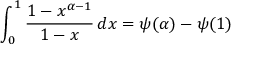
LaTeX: \int _ { 0 } ^ { 1 } { \frac { 1 - x ^ { \alpha - 1 } } { 1 - x } } \, d x = \psi ( \alpha ) - \psi ( 1 )